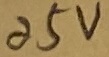
Text: 25V